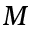
M